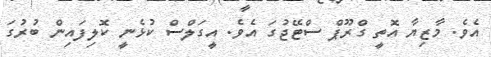
އެވެ. މާޒިޔާ އޮތީ ގްރޫޕް ސްޓޭޖުގަ އެވެ. އީގަލްސް ކުޅެނީ ކޮލިފައިން ބުރުގަ